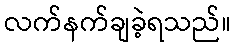
လက်နက်ချခဲ့ရသည်။